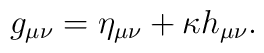
g_{\mu \nu }=\eta _{\mu \nu }+\kappa h_{\mu \nu }.